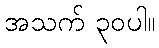
အသက် ၃၀ပါ။